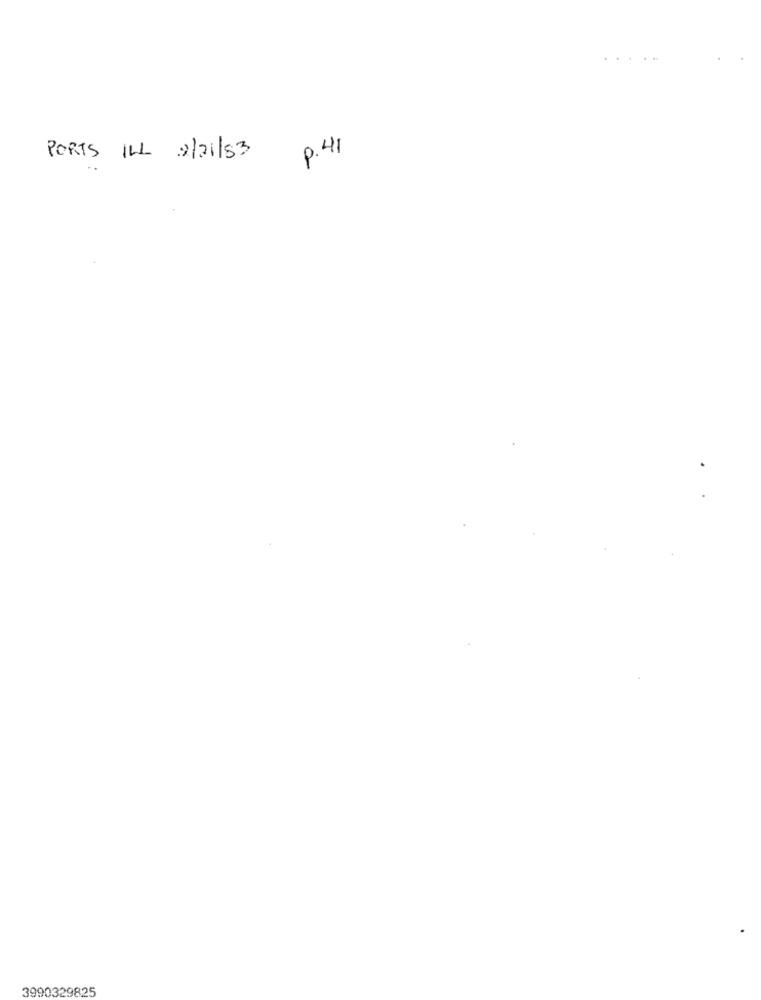
P. 41
PORTS ILL 2/21/83
3990329825